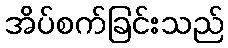
အိပ်စက်ခြင်းသည်